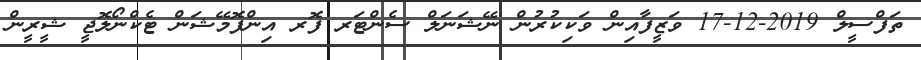
ތަފްސީލް 2019-12-17 ވަޒީފާއިން ވަކިކުރުން ނޭޝަނަލް ސެންޓަރ ފޮރ އިންފޮމޭޝަން ޓެކްނޯލޮޖީ ޝީރީން